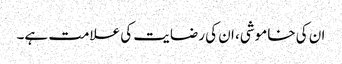
ان کی خاموشی، ان کی رضایت کی علامت ہے۔